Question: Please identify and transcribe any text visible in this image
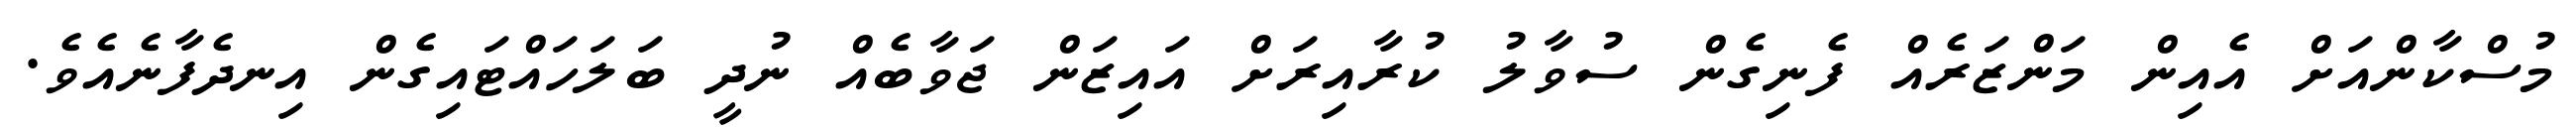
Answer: މުސްކާންއަށް އެއިން މަންޒަރެއް ފެނިގެން ސުވާލު ކުރާއިރަށް އައިޒަން ޖަވާބެއް ނުދީ ބަލަހައްޓައިގެން އިނދެފާނެއެވެ.